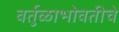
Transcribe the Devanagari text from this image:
वर्तुळाभोवतीचे